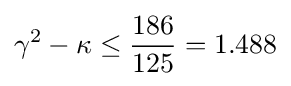
\gamma ^{2}-\kappa \leq {\frac {186}{125}}=1.488